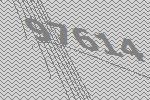
97614